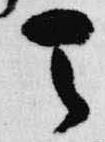
天